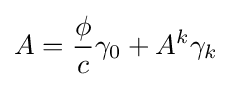
A={\frac {\phi }{c}}\gamma _{0}+A^{k}\gamma _{k}